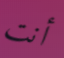
أنت